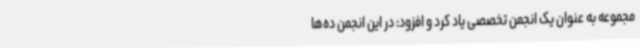
مجموعه به عنوان یک انجمن تخصصی یاد کرد و افزود: در این انجمن ده‌ها